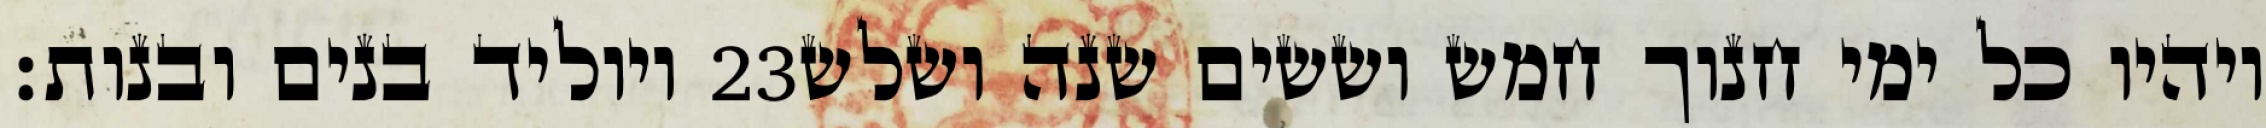
ויוליד בנים ובנות׃ ‎23‏ ויהיו כל ימי חנוך חמש וששים שנה ושלש